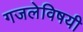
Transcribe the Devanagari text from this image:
गजलेविषयी